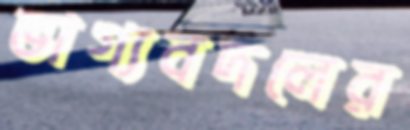
ভাগ্যবদলের